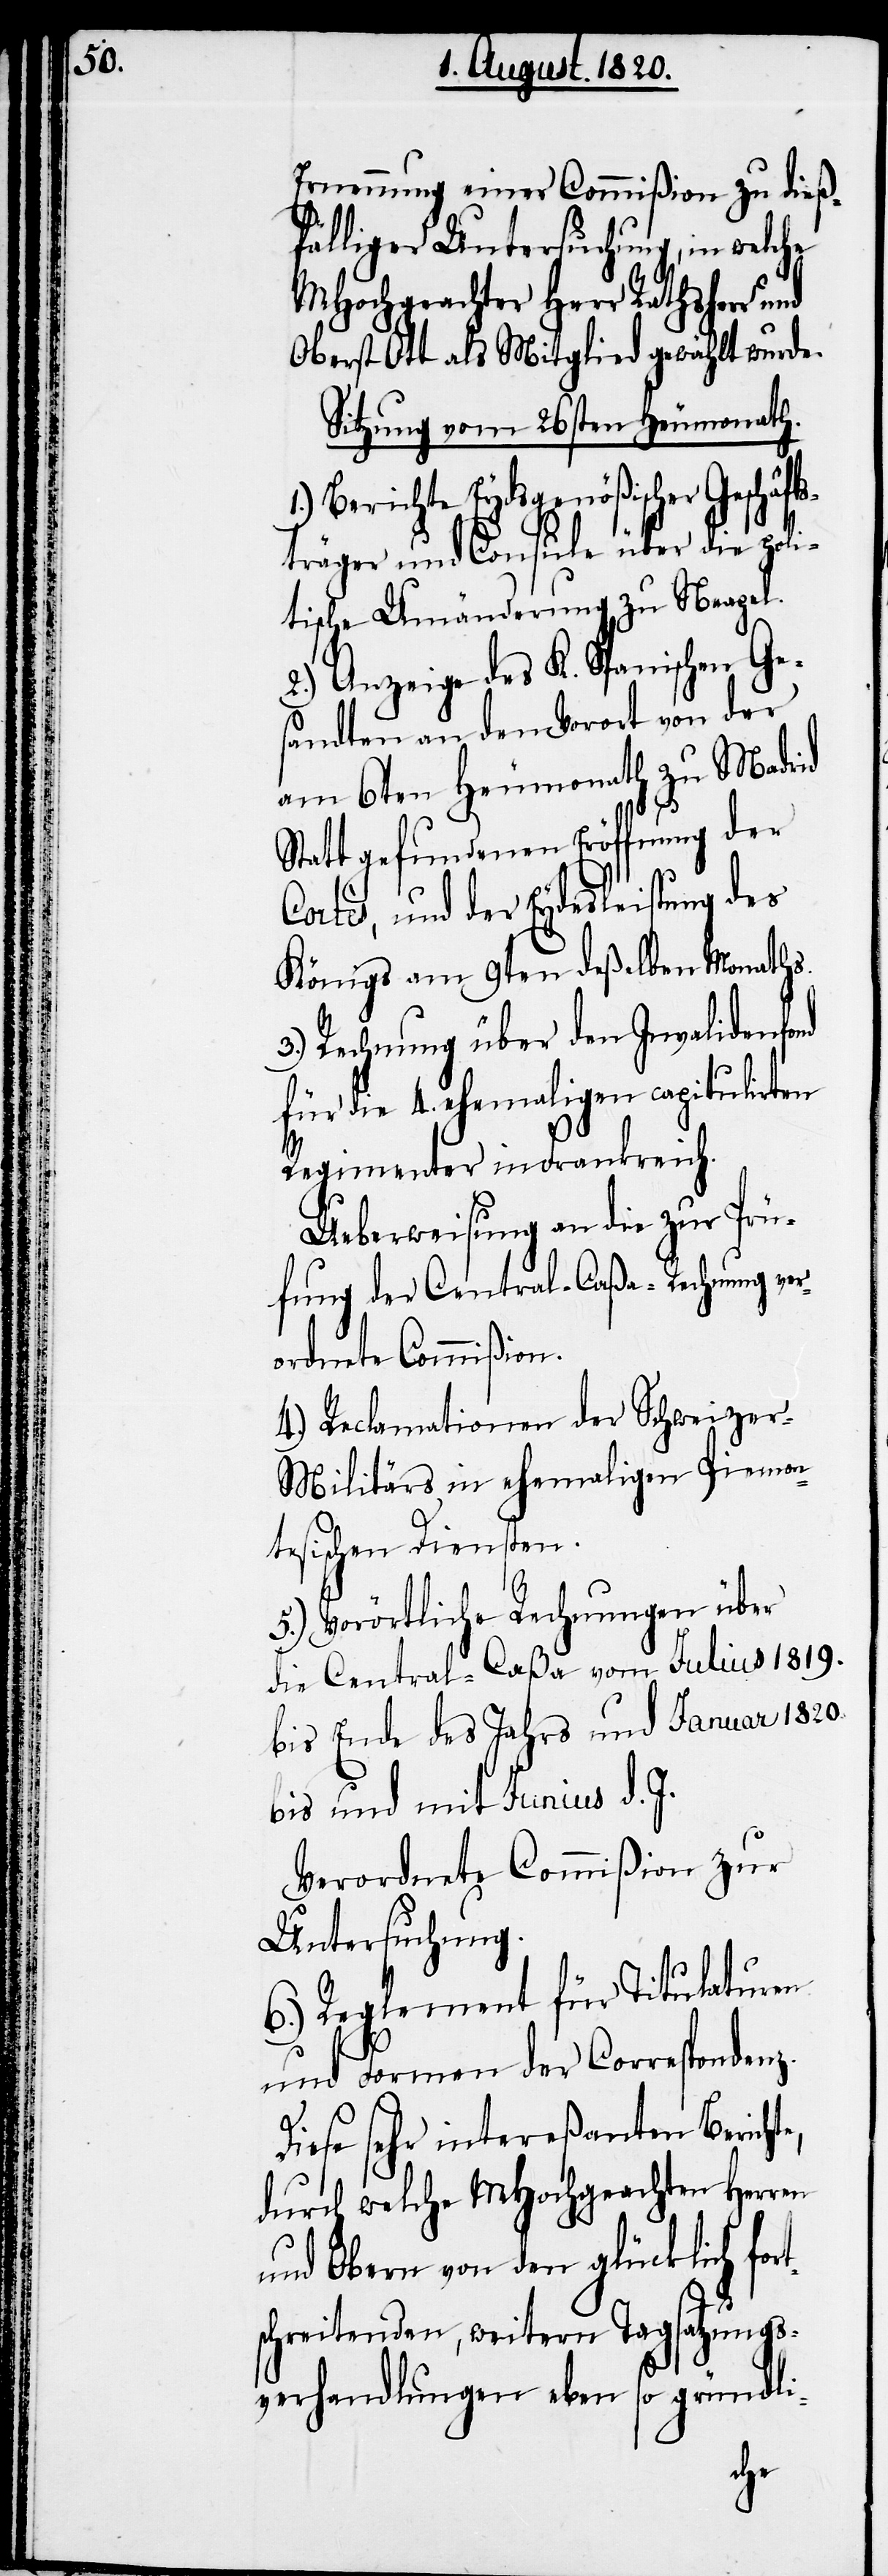
Ernennung einer Commißion zu dieß¬
fälliger Untersuchung, in welche
MHochgeachter Herr Rathsherr und
Oberst Ott als Mitglied gewählt wurden.
Sitzung vom 26sten Heumonath.
Berichte Eydsgenößischer Geschäf¬
tsträger und Consule über die pol¬
itische Umänderung zu Neapel.
2.) Anzeige des K. Spanischen Ge¬
sandten an dem Vorort von der
am 6ten Heumonath zu Madrid
Statt gefundenen Eröffnung der
Cortès, und der Eydesleistung des
Königs am 9ten deßelben Monaths.
3.) Rechnung über den Invalidenfond
für die 4. ehemaligen capitulirten
Regimenter in Frankreich.
Ueberweisung an die zur Prü¬
fung der Central-Caßa-Rechnung ver¬
ordnete Commißion.
4.) Reclamationen der Schweize¬
r-Militärs in ehemaligen Piemon¬
tesischen Diensten.
5.) Vorörtliche Rechnungen über
die Central-Caßa vom Julius 1819.
bis Ende des Jahres und Januar 1820.
bis und mit Junius d. J.
Verordnete Commißion zur
Untersuchung.
6.) Reglement für Titulaturen
und Formen der Corresponde¬
Diese sehr intereßanten Berich¬
durch welche MHochgeachten Herren
und Obern von den glücklich fo¬
schreitenden, weitern Tagsatzungs¬
verhandlungen eben so gründli-
rt¬